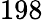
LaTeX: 198